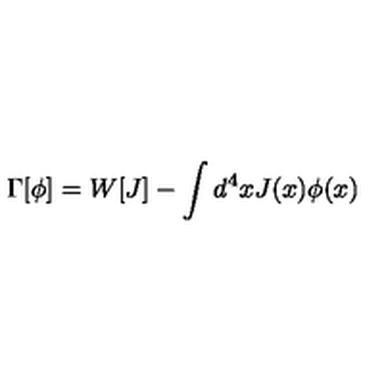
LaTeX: \Gamma [ \phi ] = W [ J ] - \int d ^ { 4 } x J ( x ) \phi ( x )